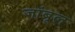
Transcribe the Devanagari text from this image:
जांबूल